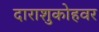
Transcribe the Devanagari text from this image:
दाराशुकोहवर